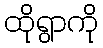
ထိုရွာကို